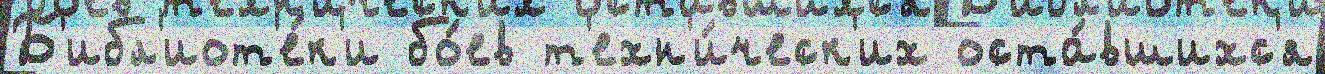
Б'ибл'иот'е́к'и бо́ев т'ехн'и́ческ'их оста́вшихс'я